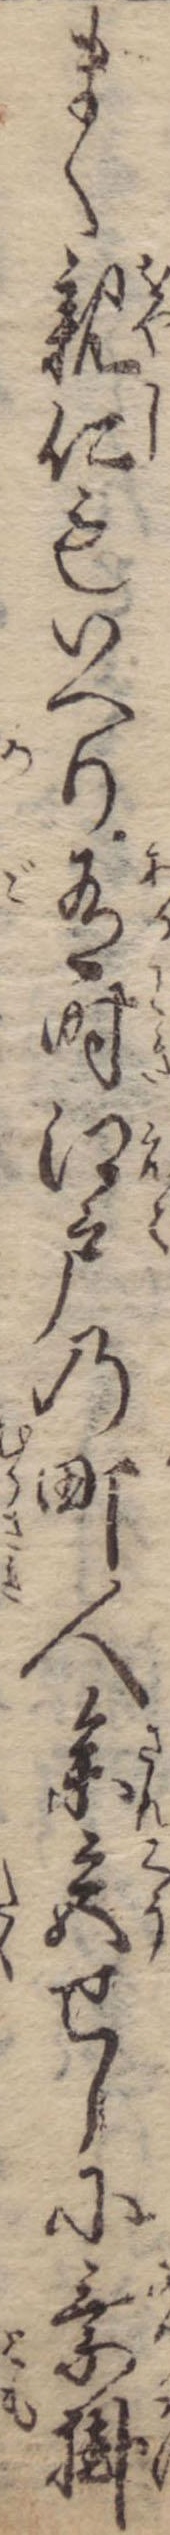
まく親仁もいへり有時江戸の町人参宮せしに乗掛